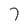
Character: 7